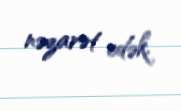
nəzarət edək.